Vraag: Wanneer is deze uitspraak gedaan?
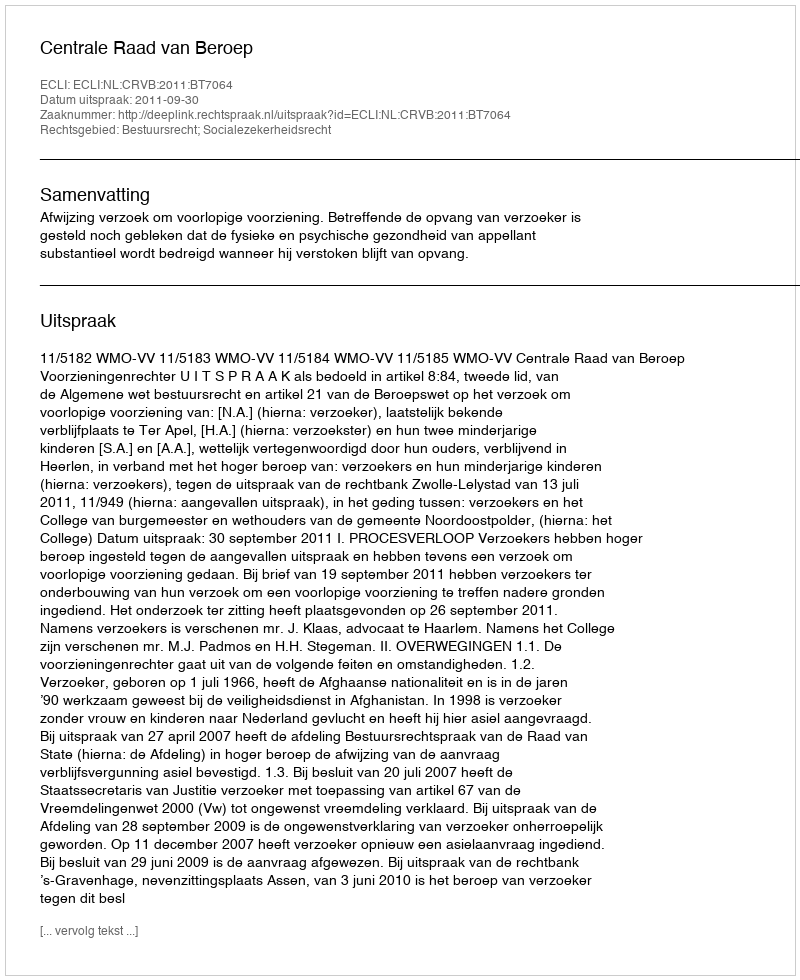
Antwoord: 2011-09-30